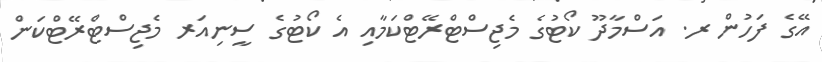
އޭގެ ފަހުން ރ. އަސްމާދޫ ކޯޓުގެ މެޖިސްޓްރޭޓްކަމާއި އެ ކޯޓުގެ ސީނިއަރ މެޖިސްޓްރޭޓްކަން